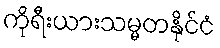
ကိုရီးယားသမ္မတနိုင်ငံ